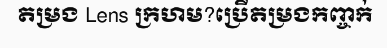
តម្រង Lens ក្រហម?ប្រើតម្រងកញ្ចក់